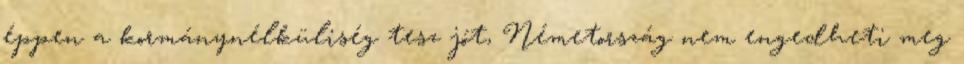
éppen a kormánynélküliség tesz jót, Németország nem engedheti meg